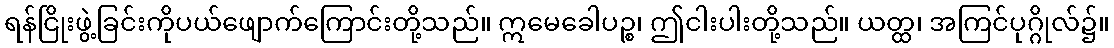
ရန်ငြိုးဖွဲ့ခြင်းကိုပယ်ဖျောက်ကြောင်းတို့သည်။ ဣမေခေါပဉ္စ၊ ဤငါးပါးတို့သည်။ ယတ္ထ၊ အကြင်ပုဂ္ဂိုလ်၌။